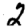
Digit: 2